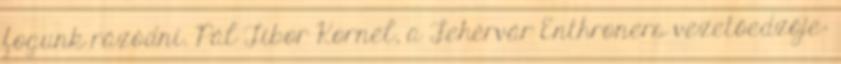
fogunk rázódni. Pál Tibor Kornél, a Fehérvár Enthroners vezetőedzője: